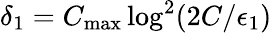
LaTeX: \delta_{1}=C_{\mathrm{max}}\log^{2}(2C/\epsilon_{1})